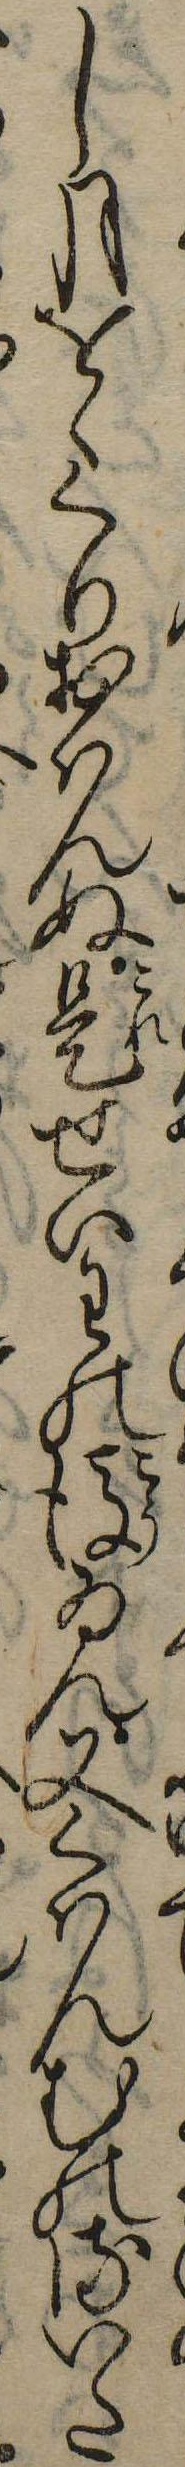
し月をゝくりおはんぬ是せいわの後ゐん又くはんむのるいた